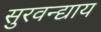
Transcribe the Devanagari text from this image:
सुरवन्द्याय